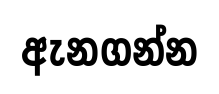
ඇනගන්න